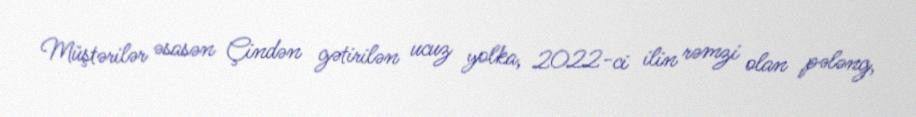
Müştərilər əsasən Çindən gətirilən ucuz yolka, 2022-ci ilin rəmzi olan pələng,